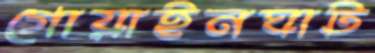
গোয়াইনঘাট